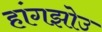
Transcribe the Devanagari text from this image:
हांगझोउ